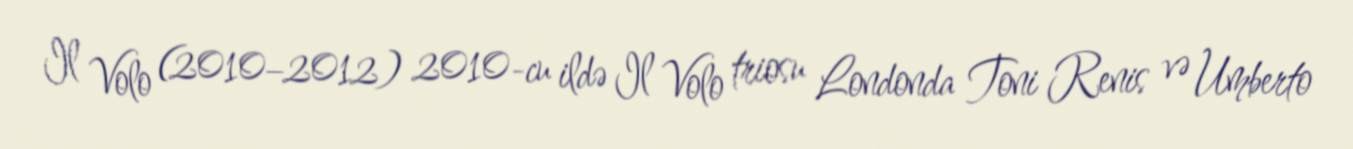
Il Volo (2010–2012) 2010-cu ildə Il Volo triosu Londonda Toni Renis və Umberto